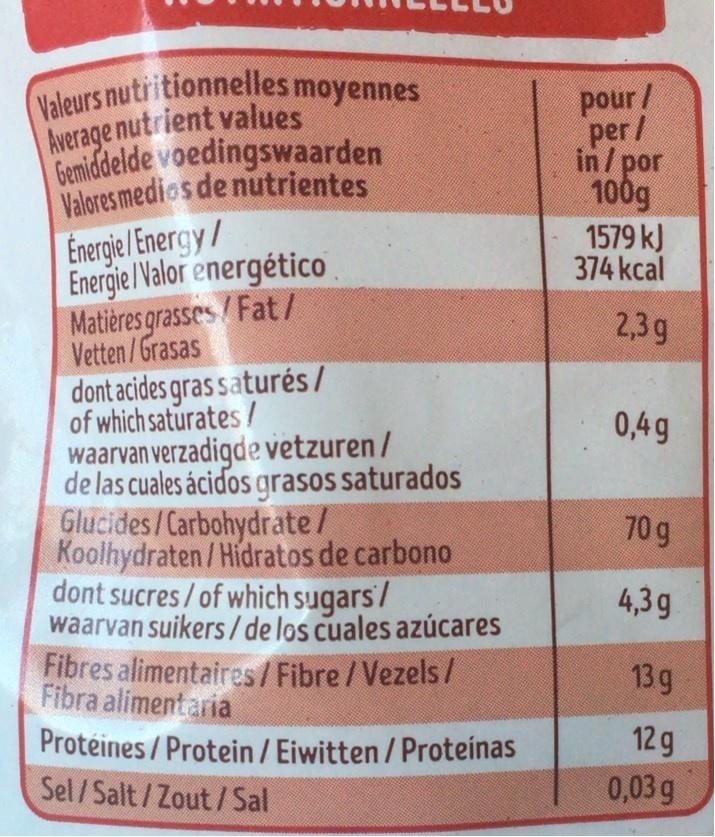
Valeurs nutritionnelles moyennes Average nutrient values Gemiddelde voedingswaarden Valores medios de nutrientes
pour/ per/ in/por 100g 1579 kJ 374 kcal
Energie Energy/ Energie/Valor energético Matières grasses/ Fat/ Vetten/Grasas dont acides gras saturés/ of which saturates / waarvan verzadigde vetzuren / de las cuales ácidos grasos saturados Glucides/Carbohydrate/ Roolhydraten /Hidratos de carbono dont sucres/of which sugars7 waarvan suikers/ de los cuales azúcares Fibres alimentaires/Fibre/Vezels / Fibra aliment aria Protéines / Protein / Eiwitten / Proteínas Sel/Salt/Zout/ Sal
2,3g
0,4g
70 g
4,3g
13g
12 g
0,03 g